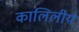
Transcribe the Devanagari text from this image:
कालिलीय